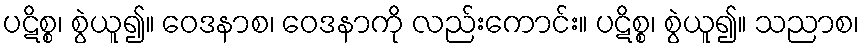
ပဋိစ္စ၊ စွဲယူ၍။ ဝေဒနာစ၊ ဝေဒနာကို လည်းကောင်း။ ပဋိစ္စ၊ စွဲယူ၍။ သညာစ၊